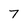
Character: 7